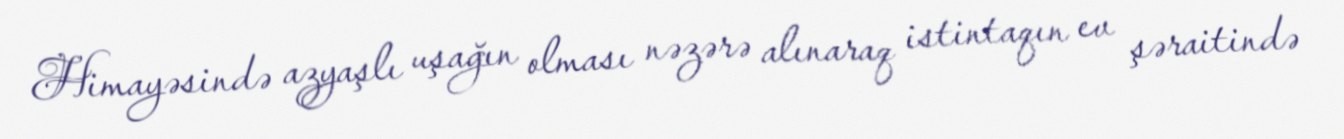
Himayəsində azyaşlı uşağın olması nəzərə alınaraq istintaqın ev şəraitində